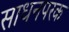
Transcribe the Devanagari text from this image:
साधनपरक